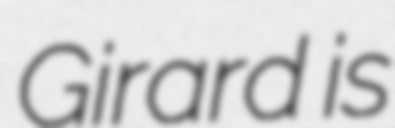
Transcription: Girard is